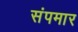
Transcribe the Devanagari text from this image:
संपमार